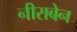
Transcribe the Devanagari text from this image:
नीराबेन